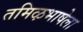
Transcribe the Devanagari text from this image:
तमिऴभाषेला